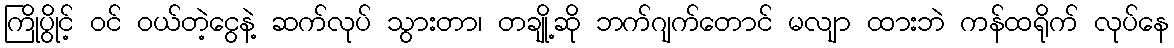
ကြိုပွိုင့် ဝင် ဝယ်တဲ့ငွေနဲ့ ဆက်လုပ် သွားတာ၊ တချို့ဆို ဘက်ဂျက်တောင် မလျာ ထားဘဲ ကန်ထရိုက် လုပ်နေ